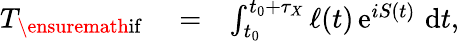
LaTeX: \begin{array}{rlr}{T_{\ensuremath{\mathrm{if}}}}&{{}=}&{\int_{t_{0}}^{t_{0}+\tau_{X}}\ell(t)\, \mathrm{e}^{iS(t)}\, \, \mathrm{d}t,}\end{array}